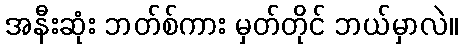
အနီးဆုံး ဘတ်စ်ကား မှတ်တိုင် ဘယ်မှာလဲ။